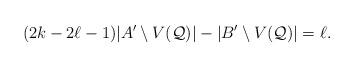
LaTeX: \begin{align*}(2k-2\ell-1)|A'\setminus V(\mathcal Q)| - |B'\setminus V(\mathcal Q)| = \ell.\end{align*}